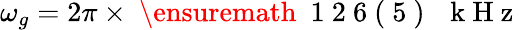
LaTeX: \omega_{g}=2\pi\times\mathrm{~\ensuremath~{~1~2~6~(~5~)~}~\, ~k~H~z~}